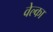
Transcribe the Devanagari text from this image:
वेल्का